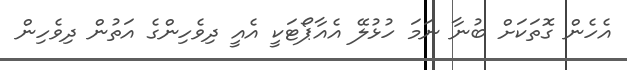
އެހެން ގޮތަކަށް ބުނާ ނަމަ ހުޅުލޭ އެއާޕޯޓަކީ އެއީ ދިވެހިންގެ އަތުން ދިވެހިން